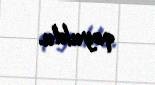
qoyuldu.